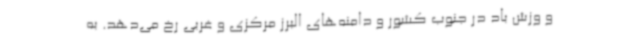
و وزش باد در جنوب کشور و دامنه‌های البرز مرکزی و غربی رخ می‌دهد. به